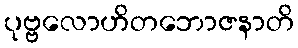
ပုဗ္ဗလောဟိတဘောဇနာတိ